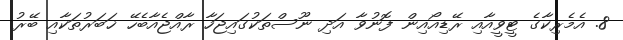
8. އެމެރިކާގެ ޓީވީއާއި ރޭޑިއޯއިން ފޮނުވާ އަދި ނޫސްތަކުގައިޖަހާ ރާއްޖެއާބެހޭ ޚަބަރުތަކާއި ބޭރު